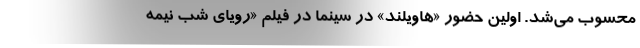
محسوب می‌شد. اولین حضور «هاویلند» در سینما در فیلم «رویای شب نیمه